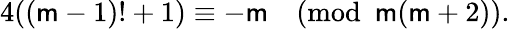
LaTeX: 4((\mathsf{m}-1)!+1)\equiv-\mathsf{m}{\pmod{\mathsf{m}(\mathsf{m}+2)}}.